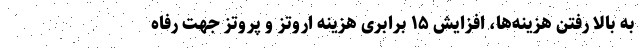
به بالا رفتن هزینه‌ها، افزایش ۱۵ برابری هزینه اروتز و پروتز جهت رفاه